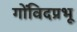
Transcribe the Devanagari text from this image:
गोंविदप्रभू